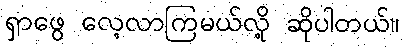
ရှာဖွေ လေ့လာကြမယ်လို့ ဆိုပါတယ်။